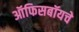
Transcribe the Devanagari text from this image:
ऑफिसबॉयचे